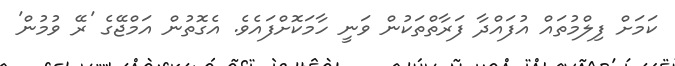
ކަމަށް ފިލްމުތައް އުފައްދާ ފަރާތްތަކުން ވަނީ ހާމަކޮށްފައެވެ. އެގޮތުން އަމްޖޭގެ 'ރޭ ވުމުން'